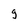
Character: g